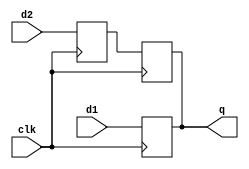


// Language: Verilog 2001

`timescale 1ns / 1ps

/*
 * Generic ODDR module
 */
module oddr #
(
    // target ("SIM", "GENERIC", "XILINX", "ALTERA")
    parameter TARGET = "GENERIC",
    // IODDR style ("IODDR", "IODDR2")
    // Use IODDR for Virtex-4, Virtex-5, Virtex-6, 7 Series, Ultrascale
    // Use IODDR2 for Spartan-6
    parameter IODDR_STYLE = "IODDR2",
    // Width of register in bits
    parameter WIDTH = 1
)
(
    input  wire             clk,

    input  wire [WIDTH-1:0] d1,
    input  wire [WIDTH-1:0] d2,

    output wire [WIDTH-1:0] q
);

/*

Provides a consistent output DDR flip flop across multiple FPGA families
              _____       _____       _____       _____
    clk  ____/     \_____/     \_____/     \_____/     \_____
         _ ___________ ___________ ___________ ___________ __
    d1   _X____D0_____X____D2_____X____D4_____X____D6_____X__
         _ ___________ ___________ ___________ ___________ __
    d2   _X____D1_____X____D3_____X____D5_____X____D7_____X__
         _____ _____ _____ _____ _____ _____ _____ _____ ____
    d    _____X_D0__X_D1__X_D2__X_D3__X_D4__X_D5__X_D6__X_D7_

*/

genvar n;

generate

if (TARGET == "XILINX") begin
    for (n = 0; n < WIDTH; n = n + 1) begin : oddr
        if (IODDR_STYLE == "IODDR") begin
            ODDR #(
                .DDR_CLK_EDGE("SAME_EDGE"),
                .SRTYPE("ASYNC")
            )
            oddr_inst (
                .Q(q[n]),
                .C(clk),
                .CE(1'b1),
                .D1(d1[n]),
                .D2(d2[n]),
                .R(1'b0),
                .S(1'b0)
            );
        end else if (IODDR_STYLE == "IODDR2") begin
            ODDR2 #(
                .DDR_ALIGNMENT("C0"),
                .SRTYPE("ASYNC")
            )
            oddr_inst (
                .Q(q[n]),
                .C0(clk),
                .C1(~clk),
                .CE(1'b1),
                .D0(d1[n]),
                .D1(d2[n]),
                .R(1'b0),
                .S(1'b0)
            );
        end
    end
end else if (TARGET == "ALTERA") begin
    altddio_out #(
        .WIDTH(WIDTH),
        .POWER_UP_HIGH("OFF"),
        .OE_REG("UNUSED")
    )
    altddio_out_inst (
        .aset(1'b0),
        .datain_h(d1),
        .datain_l(d2),
        .outclocken(1'b1),
        .outclock(clk),
        .aclr(1'b0),
        .dataout(q)
    );
end else begin
    reg [WIDTH-1:0] d_reg_1 = {WIDTH{1'b0}};
    reg [WIDTH-1:0] d_reg_2 = {WIDTH{1'b0}};

    reg [WIDTH-1:0] q_reg = {WIDTH{1'b0}};

    always @(posedge clk) begin
        d_reg_1 <= d1;
        d_reg_2 <= d2;
    end

    always @(posedge clk) begin
        q_reg <= d1;
    end

    always @(negedge clk) begin
        q_reg <= d_reg_2;
    end

    assign q = q_reg;
end

endgenerate

endmodule